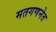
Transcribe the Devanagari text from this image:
मतगणनेत